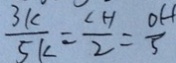
\frac { 3 k } { 5 k } = \frac { C H } { 2 } = \frac { O H } { 5 }